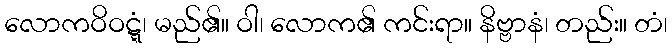
လောကဝိဝဋ္ဋံ၊ မည်၏။ ဝါ၊ လောက၏ ကင်းရာ။ နိဗ္ဗာနံ၊ တည်း။ တံ၊